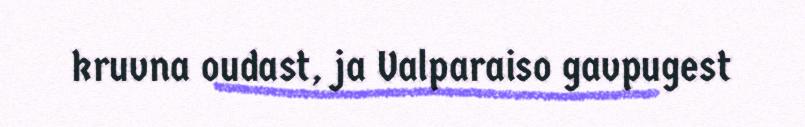
kruvna oudast, ja Valparaiso gavpugest